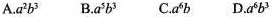
A. a^{2}b^{3} B. a^{5}b^{3} C. a^{6}b D. a^{6}b^{3}